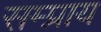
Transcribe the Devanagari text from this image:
सम्प्राय